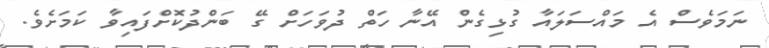
ނަމަވެސް އެ މައްސަލައާ ގުޅިގެން އޭނާ ހަތް ދުވަހަށް ގޭ ބަންދުކޮށްފައިވާ ކަމަށެވެ.